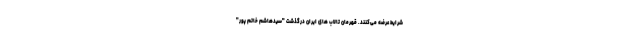
شرایط عرضه می‌کنند. قهرمان تالاب ‌های ایران درگذشت "سیدهاشم خاتم پور"